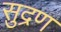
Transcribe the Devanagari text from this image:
सुद्रण